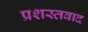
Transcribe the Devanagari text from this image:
प्रशस्तवाद